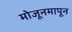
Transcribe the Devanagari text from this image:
मोजूनमापून